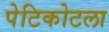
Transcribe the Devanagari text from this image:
पेटिकोटला